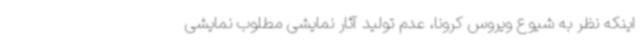
اینکه نظر به شیوع ویروس کرونا، عدم تولید آثار نمایشی مطلوب نمایشی